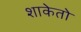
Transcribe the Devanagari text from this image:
शाकेतो